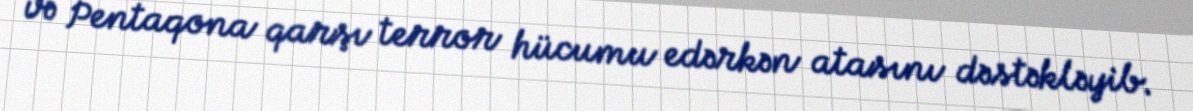
və Pentaqona qarşı terror hücumu edərkən atasını dəstəkləyib.